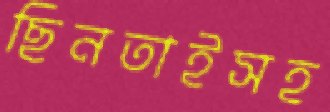
ছিনতাইসহ